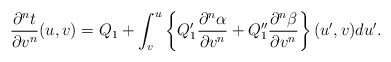
\begin{align*} \frac{\partial^nt}{\partial v^n}(u,v)=Q_1+\int_v^u\left\{Q_1'\frac{\partial^n\alpha}{\partial v^n}+Q_1''\frac{\partial^n\beta}{\partial v^n}\right\}(u',v)du'.\end{align*}